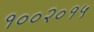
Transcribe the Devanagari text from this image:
१००२०१५